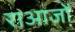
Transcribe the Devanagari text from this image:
राआजों